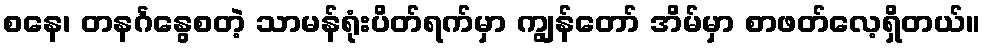
စနေ၊ တနင်္ဂနွေစတဲ့ သာမန်ရုံးပိတ်ရက်မှာ ကျွန်တော် အိမ်မှာ စာဖတ်လေ့ရှိတယ်။